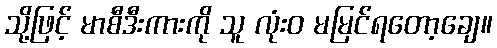
သို့ဖြင့် မာစီဒီးကားကို သူ လုံးဝ မမြင်ရတော့ချေ။